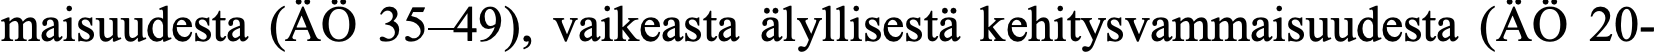
maisuudesta (ÄÖ 35–49), vaikeasta älyllisestä kehitysvammaisuudesta (ÄÖ 20-